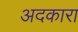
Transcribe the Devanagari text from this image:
अदकारा